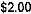
$2.00